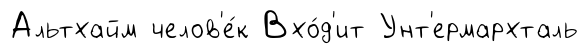
Альтхайм челов'е́к Вхо́д'ит Унт'ермархталь